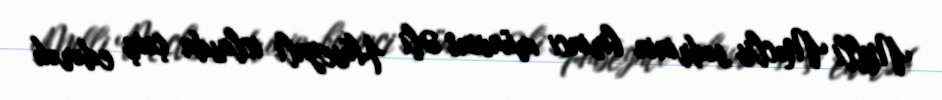
Milli Məclis sədrinin birinci müavini Əli Hüseynli iclasda çıxış edərək